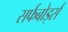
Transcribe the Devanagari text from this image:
सर्फबोर्ड्स